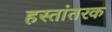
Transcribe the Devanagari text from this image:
हस्तांतरक